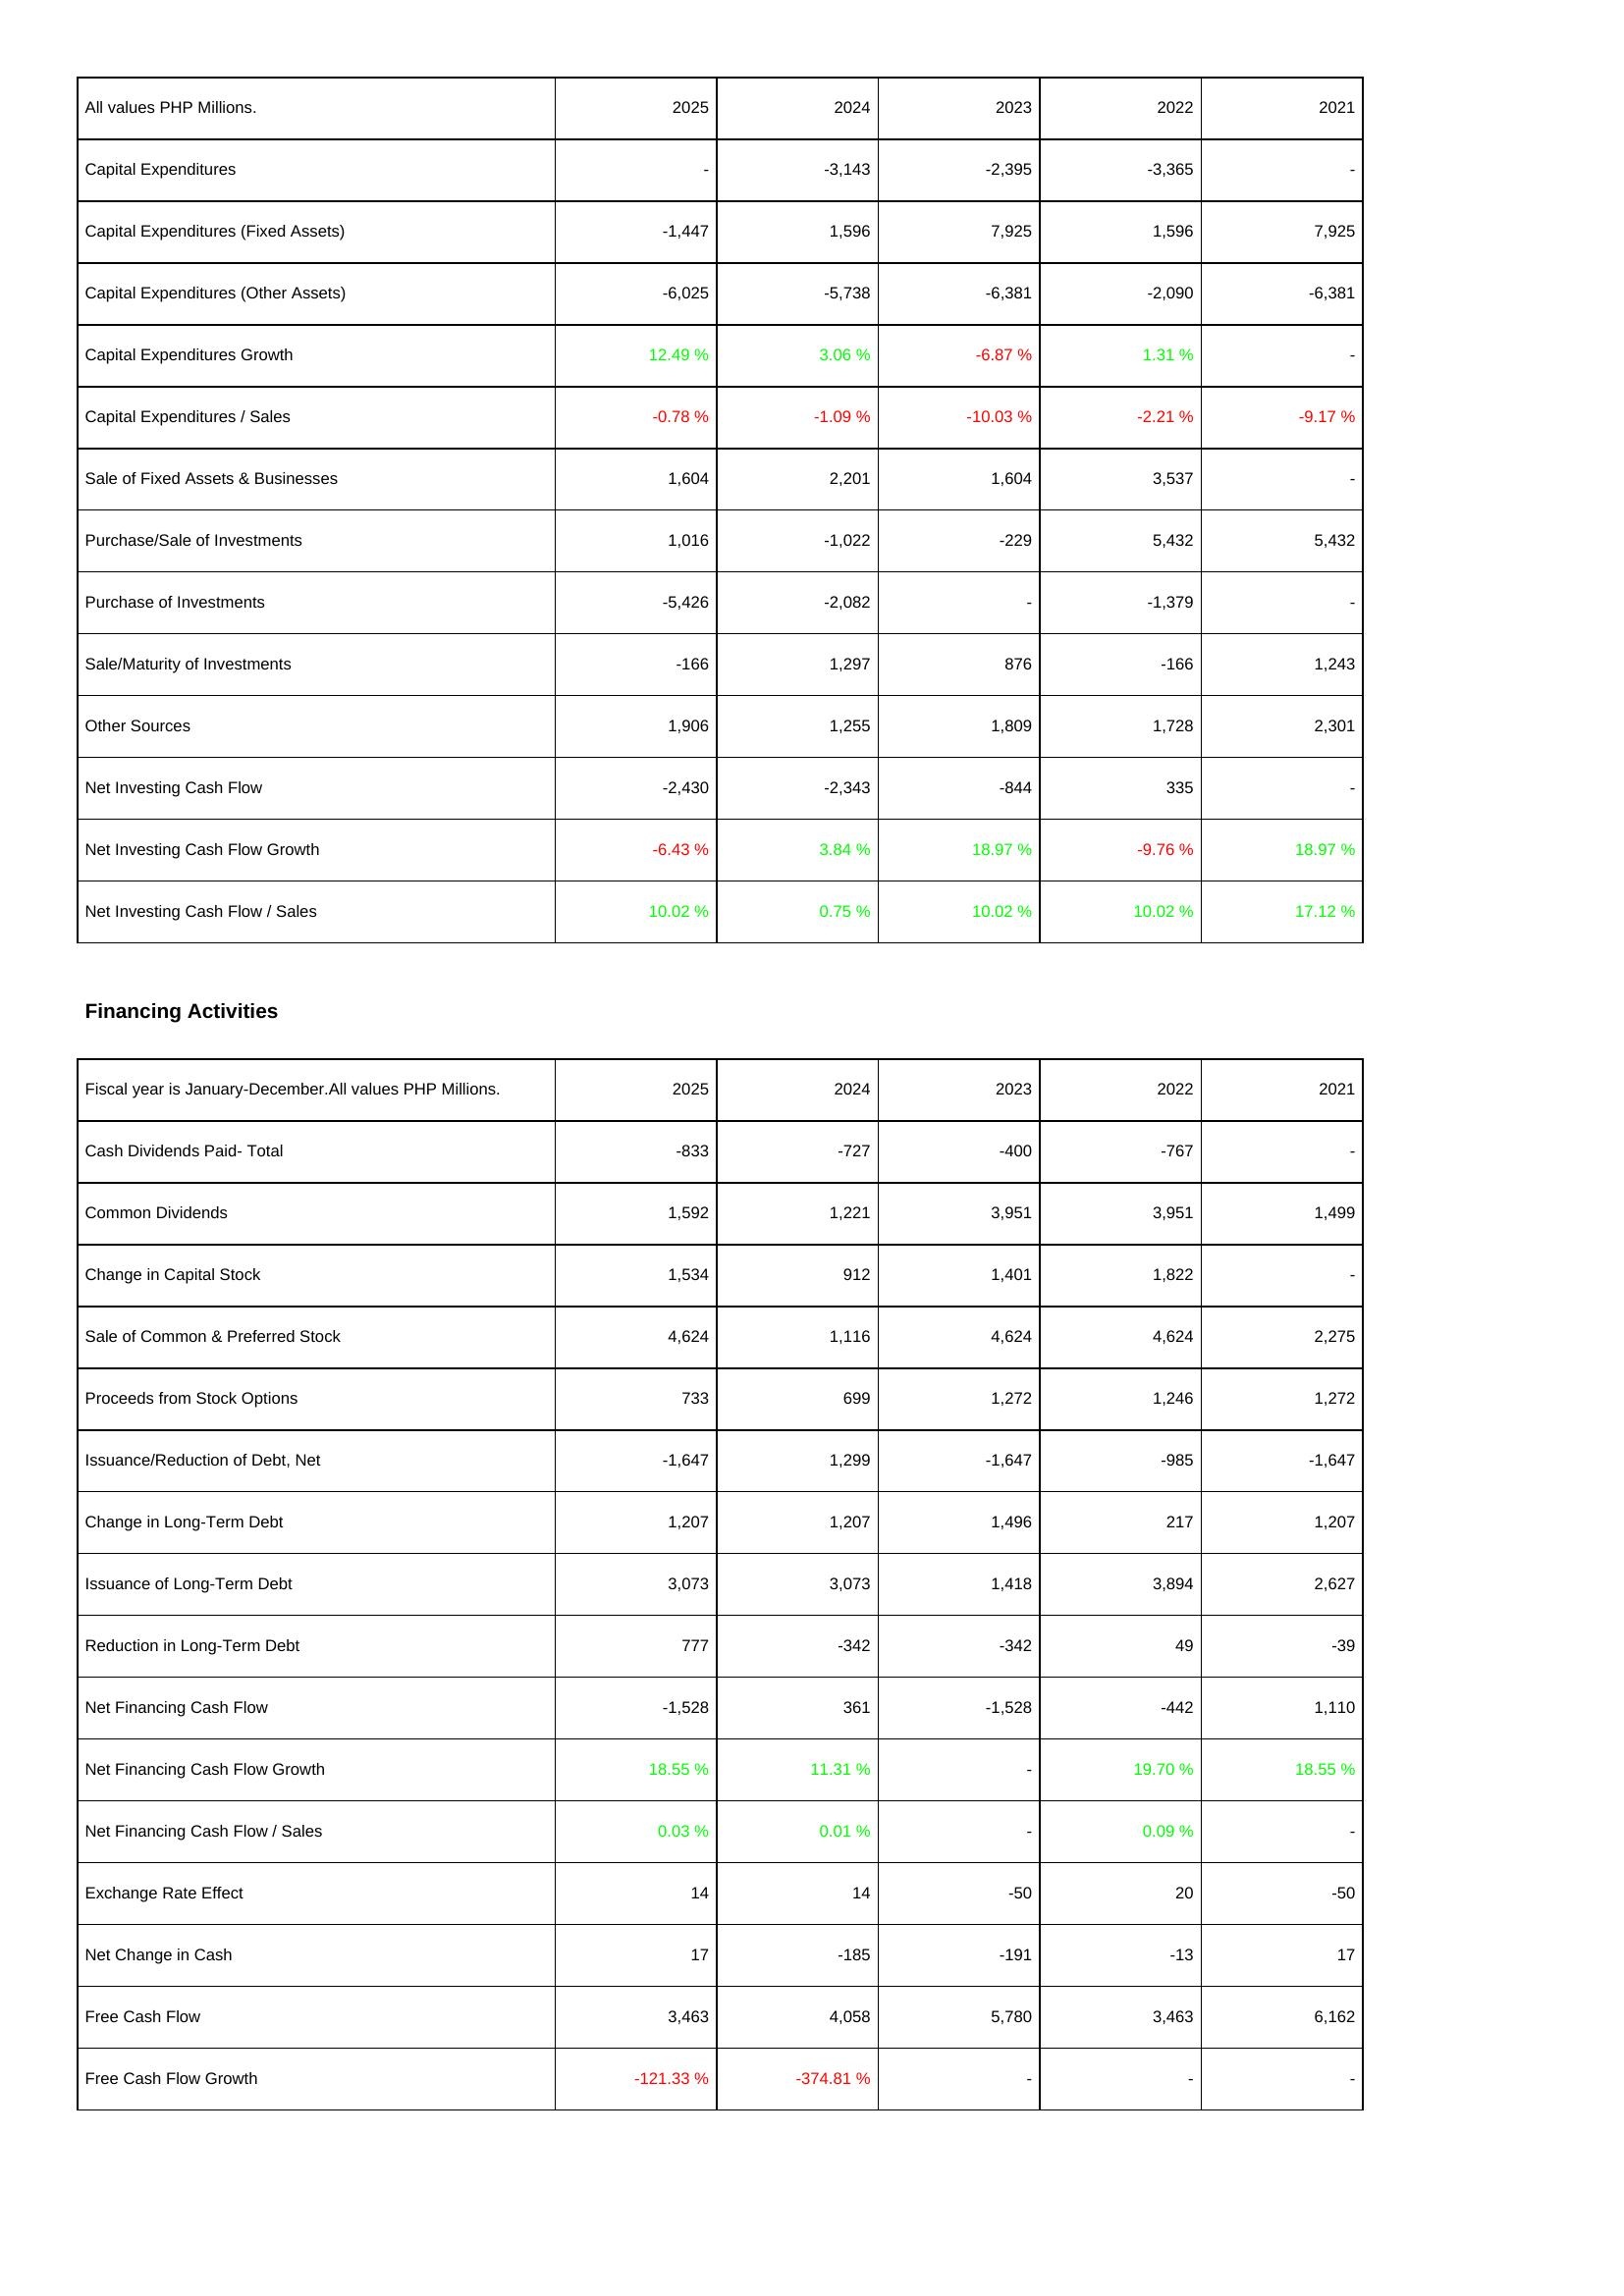
2025: Investing Activities: Capital Expenditures: -
Capital Expenditures (Fixed Assets): -1,447
Capital Expenditures (Other Assets): -6,025
Capital Expenditures Growth: 12.49 %
Capital Expenditures / Sales: -0.78 %
Sale of Fixed Assets & Businesses: 1,604
Purchase/Sale of Investments: 1,016
Purchase of Investments: -5,426
Sale/Maturity of Investments: -166
Other Sources: 1,906
Net Investing Cash Flow: -2,430
Net Investing Cash Flow Growth: -6.43 %
Net Investing Cash Flow / Sales: 10.02 %
Financing Activities: Cash Dividends Paid- Total: -833
Common Dividends: 1,592
Change in Capital Stock: 1,534
Sale of Common & Preferred Stock: 4,624
Proceeds from Stock Options: 733
Issuance/Reduction of Debt, Net: -1,647
Change in Long-Term Debt: 1,207
Issuance of Long-Term Debt: 3,073
Reduction in Long-Term Debt: 777
Net Financing Cash Flow: -1,528
Net Financing Cash Flow Growth: 18.55 %
Net Financing Cash Flow / Sales: 0.03 %
Exchange Rate Effect: 14
Net Change in Cash: 17
Free Cash Flow: 3,463
Free Cash Flow Growth: -121.33 %
2024: Investing Activities: Capital Expenditures: -3,143
Capital Expenditures (Fixed Assets): 1,596
Capital Expenditures (Other Assets): -5,738
Capital Expenditures Growth: 3.06 %
Capital Expenditures / Sales: -1.09 %
Sale of Fixed Assets & Businesses: 2,201
Purchase/Sale of Investments: -1,022
Purchase of Investments: -2,082
Sale/Maturity of Investments: 1,297
Other Sources: 1,255
Net Investing Cash Flow: -2,343
Net Investing Cash Flow Growth: 3.84 %
Net Investing Cash Flow / Sales: 0.75 %
Financing Activities: Cash Dividends Paid- Total: -727
Common Dividends: 1,221
Change in Capital Stock: 912
Sale of Common & Preferred Stock: 1,116
Proceeds from Stock Options: 699
Issuance/Reduction of Debt, Net: 1,299
Change in Long-Term Debt: 1,207
Issuance of Long-Term Debt: 3,073
Reduction in Long-Term Debt: -342
Net Financing Cash Flow: 361
Net Financing Cash Flow Growth: 11.31 %
Net Financing Cash Flow / Sales: 0.01 %
Exchange Rate Effect: 14
Net Change in Cash: -185
Free Cash Flow: 4,058
Free Cash Flow Growth: -374.81 %
2023: Investing Activities: Capital Expenditures: -2,395
Capital Expenditures (Fixed Assets): 7,925
Capital Expenditures (Other Assets): -6,381
Capital Expenditures Growth: -6.87 %
Capital Expenditures / Sales: -10.03 %
Sale of Fixed Assets & Businesses: 1,604
Purchase/Sale of Investments: -229
Purchase of Investments: -
Sale/Maturity of Investments: 876
Other Sources: 1,809
Net Investing Cash Flow: -844
Net Investing Cash Flow Growth: 18.97 %
Net Investing Cash Flow / Sales: 10.02 %
Financing Activities: Cash Dividends Paid- Total: -400
Common Dividends: 3,951
Change in Capital Stock: 1,401
Sale of Common & Preferred Stock: 4,624
Proceeds from Stock Options: 1,272
Issuance/Reduction of Debt, Net: -1,647
Change in Long-Term Debt: 1,496
Issuance of Long-Term Debt: 1,418
Reduction in Long-Term Debt: -342
Net Financing Cash Flow: -1,528
Net Financing Cash Flow Growth: -
Net Financing Cash Flow / Sales: -
Exchange Rate Effect: -50
Net Change in Cash: -191
Free Cash Flow: 5,780
Free Cash Flow Growth: -
2022: Investing Activities: Capital Expenditures: -3,365
Capital Expenditures (Fixed Assets): 1,596
Capital Expenditures (Other Assets): -2,090
Capital Expenditures Growth: 1.31 %
Capital Expenditures / Sales: -2.21 %
Sale of Fixed Assets & Businesses: 3,537
Purchase/Sale of Investments: 5,432
Purchase of Investments: -1,379
Sale/Maturity of Investments: -166
Other Sources: 1,728
Net Investing Cash Flow: 335
Net Investing Cash Flow Growth: -9.76 %
Net Investing Cash Flow / Sales: 10.02 %
Financing Activities: Cash Dividends Paid- Total: -767
Common Dividends: 3,951
Change in Capital Stock: 1,822
Sale of Common & Preferred Stock: 4,624
Proceeds from Stock Options: 1,246
Issuance/Reduction of Debt, Net: -985
Change in Long-Term Debt: 217
Issuance of Long-Term Debt: 3,894
Reduction in Long-Term Debt: 49
Net Financing Cash Flow: -442
Net Financing Cash Flow Growth: 19.70 %
Net Financing Cash Flow / Sales: 0.09 %
Exchange Rate Effect: 20
Net Change in Cash: -13
Free Cash Flow: 3,463
Free Cash Flow Growth: -
2021: Investing Activities: Capital Expenditures: -
Capital Expenditures (Fixed Assets): 7,925
Capital Expenditures (Other Assets): -6,381
Capital Expenditures Growth: -
Capital Expenditures / Sales: -9.17 %
Sale of Fixed Assets & Businesses: -
Purchase/Sale of Investments: 5,432
Purchase of Investments: -
Sale/Maturity of Investments: 1,243
Other Sources: 2,301
Net Investing Cash Flow: -
Net Investing Cash Flow Growth: 18.97 %
Net Investing Cash Flow / Sales: 17.12 %
Financing Activities: Cash Dividends Paid- Total: -
Common Dividends: 1,499
Change in Capital Stock: -
Sale of Common & Preferred Stock: 2,275
Proceeds from Stock Options: 1,272
Issuance/Reduction of Debt, Net: -1,647
Change in Long-Term Debt: 1,207
Issuance of Long-Term Debt: 2,627
Reduction in Long-Term Debt: -39
Net Financing Cash Flow: 1,110
Net Financing Cash Flow Growth: 18.55 %
Net Financing Cash Flow / Sales: -
Exchange Rate Effect: -50
Net Change in Cash: 17
Free Cash Flow: 6,162
Free Cash Flow Growth: -